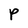
Character: P